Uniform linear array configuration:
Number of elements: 16
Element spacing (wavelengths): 1
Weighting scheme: cosine
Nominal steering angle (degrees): -60
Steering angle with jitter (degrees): -59.191
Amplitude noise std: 0.05
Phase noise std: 0.05

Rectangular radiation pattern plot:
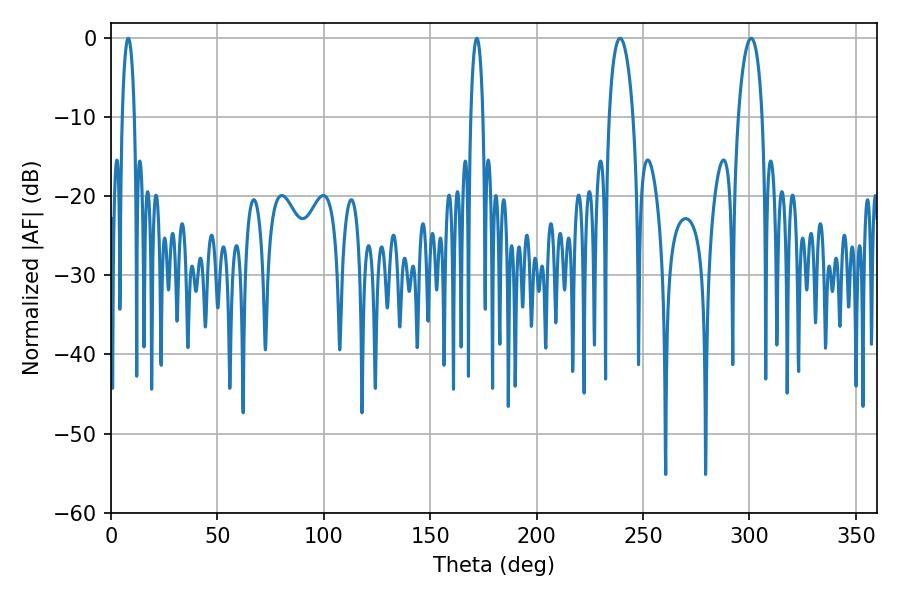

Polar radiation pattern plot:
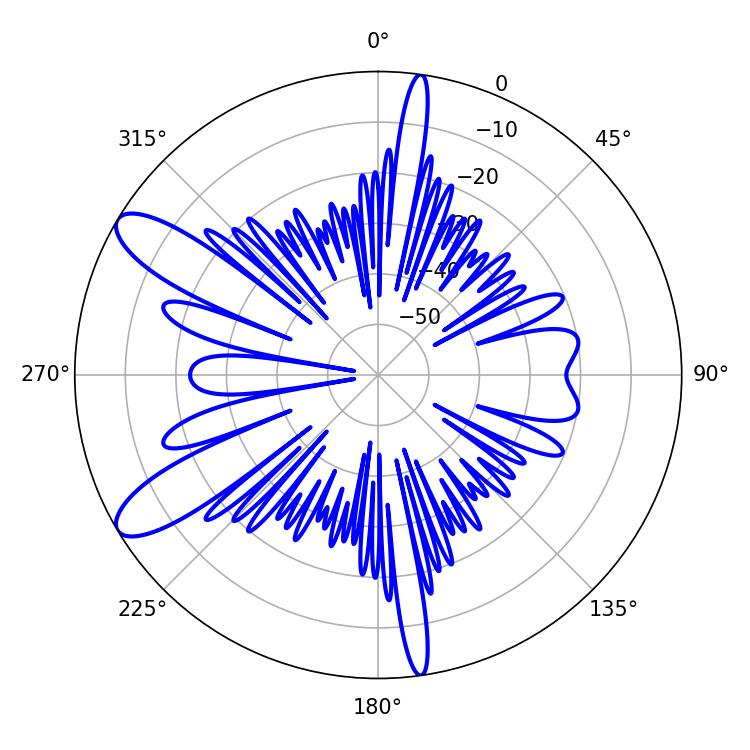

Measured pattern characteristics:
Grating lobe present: TRUE
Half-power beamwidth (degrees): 3.24
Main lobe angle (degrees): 8.1